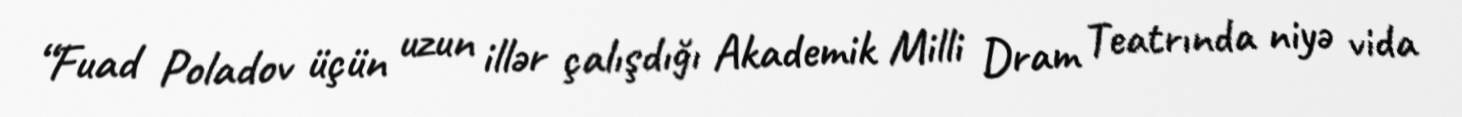
“Fuad Poladov üçün uzun illər çalışdığı Akademik Milli Dram Teatrında niyə vida